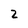
Character: 2